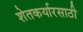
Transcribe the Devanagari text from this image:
शेतकर्यारसाठी